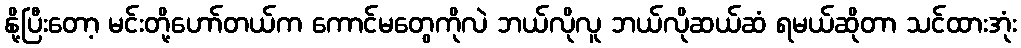
နို့ပြီးတော့ မင်းတို့ဟော်တယ်က ကောင်မတွေကိုလဲ ဘယ်လိုလူ ဘယ်လိုဆယ်ဆံ ရမယ်ဆိုတာ သင်ထားအုံး